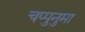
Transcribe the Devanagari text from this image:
चप्पुनुमा